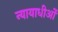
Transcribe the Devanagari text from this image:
न्यायाधीओं